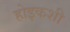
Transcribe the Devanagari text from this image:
होइकशी